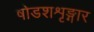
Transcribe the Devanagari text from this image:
षोडशशृङ्गार